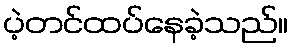
ပဲ့တင်ထပ်နေခဲ့သည်။